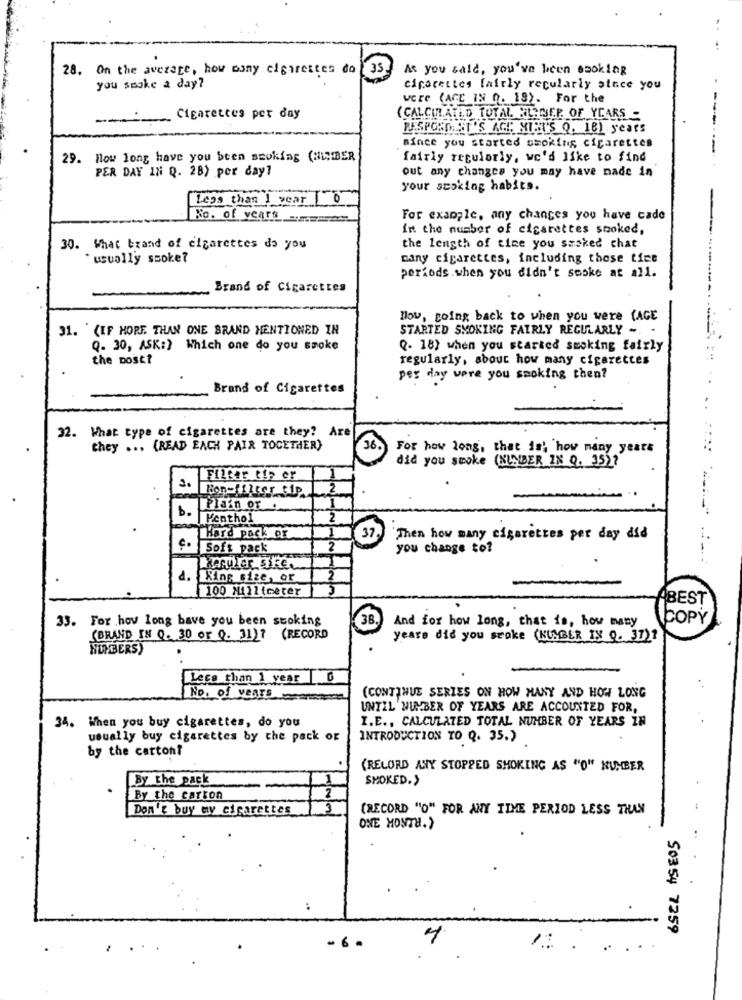
28. On the average, how many cigarettes do
35.
As you said, you've been smoking
you smoke a day?
cigarettes fairly regularly place you
were (ACE IN 0. 18). For the
-Cigarettes per day
(CALCULATED TOTAL FILEISEP OF YEARS -
RESPONDEIT'S AGE; STRU'S Q. 18) years
since you started smoking cigarettes
------
29. How long have you been smoking (HLIBER
fairly regularly, we'd like to find
PER DAY IN Q. 28) per day1
out any changes you may have made in
your staking habits.
Less than 1 year | 0
No. of years
For example, any changes you have cade
in the number of cigarettes smoked,
30. What brand of cigarettes do you
the length of time you szoked chat
*usually ssoke?
cany cigarettes, including those tice
periods.when you didn't sooke at all.
Brand of Cigarettes
How, going back to when you were (AGE
31. (IF MORE THAN ONE BRAND MENTIONED IN
STARTED SMOKING FAIRLY REGULARLY -. .
Q. 30, ASK:) Which one do you smoke
Q. 18) when you started smoking fairly
the post?
regularly, about how many cigarettes
per day were you smoking then?
Brand of Cigarettes
32. What type of cigarettes are they? Are
they ... (READ EACH PAIR TOGETHER)
36.
For how long, that is, how many years
did you smoke (NUMBER IN Q. 35)?
3.
FILtar tip er
2
Plain or .
b.
Menthol
37
Hard pack ox
Then how many cigarettes per day did
c .
Soft pack
2
you change to?
4.
King size, or
100 Millimeter
ABEST
33. For how long have you been stoking
3B
And for how long, that is, how many
COPY
(BRAND IN Q. 30 or Q. 31)? (RECORD
years did you smoke (NUMBER IN 9. 37) 1
NUMBERS)
Less than 1 year |0
No. of years
(CONTINUE SERIES ON HOW MANY AND HOW LONG
UNTIL NUMBER OF YEARS ARE ACCOUNTED FOR,
34. When you buy cigarettes, do you
I.E ., CALCULATED TOTAL NUMBER OF YEARS IN
usually buy cigarettes by the pack or
INTRODUCTION TO Q. 35.)
by the carton?
(RECORD ANY STOPPED SMOKING AS "O" NUMBER
By the pack
SMOKED.>
By the carton
Don't buy my cigarettes
(RECORD "O" FOR ANY TIME PERIOD LESS THAN
ONE MONTH.)
50354 7259
4
- 6